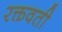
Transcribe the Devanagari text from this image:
रक्तवती